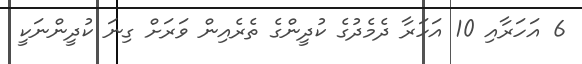
6 އަހަރާއި 10 އަހަރާ ދެމެދުގެ ކުދީންގެ ތެރެއިން ވަރަށް ގިނަ ކުދީންނަކީ